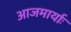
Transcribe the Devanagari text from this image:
आजमार्याः